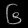
Digit: ၆